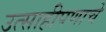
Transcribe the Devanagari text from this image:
उत्साहीपणाचे